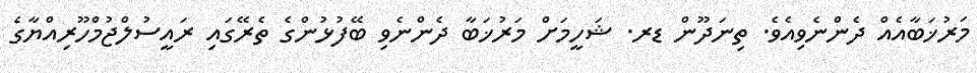
މަރުޚަބާއެއް ދެންނެވިއެވެ. ތިނަދޫން ޑރ. ޝަހީމަށް މަރުޚަބާ ދެންނެވި ބޭފުޅުންގެ ތެރޭގައި ރައީސުލްޖުމްހޫރިއްޔާގެ